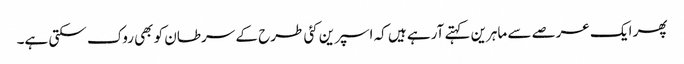
پھر ایک عرصے سے ماہرین کہتے آرہے ہیں کہ اسپرین کئی طرح کے سرطان کو بھی روک سکتی ہے۔